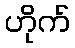
ဟိုက်